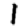
Digit: 1